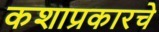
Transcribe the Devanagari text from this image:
कशाप्रकारचे